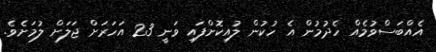
އެއްބަސްވުމެއް ހެދުމުން އެ ހުކުން ލުއިކޮށްފައި ވަނީ 23 އަހަރަށް ޖަލަށް ލުމަށެވެ.